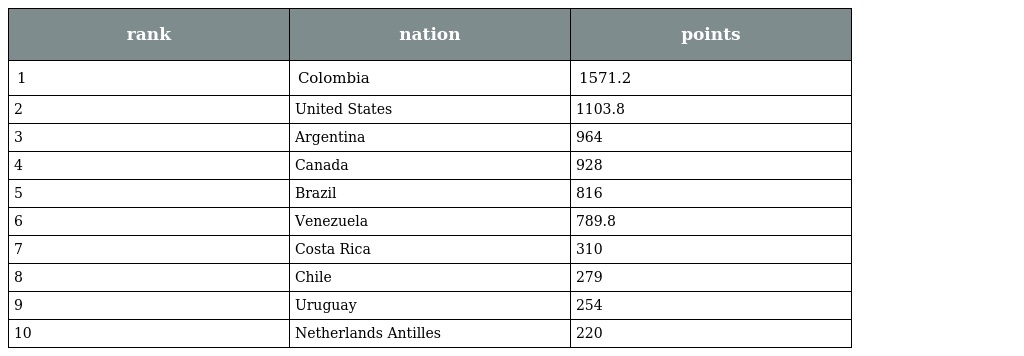
| rank | nation | points |
 | --- | --- | --- |
 | 1 | Colombia | 1571.2 |
 | 2 | United States | 1103.8 |
 | 3 | Argentina | 964 |
 | 4 | Canada | 928 |
 | 5 | Brazil | 816 |
 | 6 | Venezuela | 789.8 |
 | 7 | Costa Rica | 310 |
 | 8 | Chile | 279 |
 | 9 | Uruguay | 254 |
 | 10 | Netherlands Antilles | 220 |